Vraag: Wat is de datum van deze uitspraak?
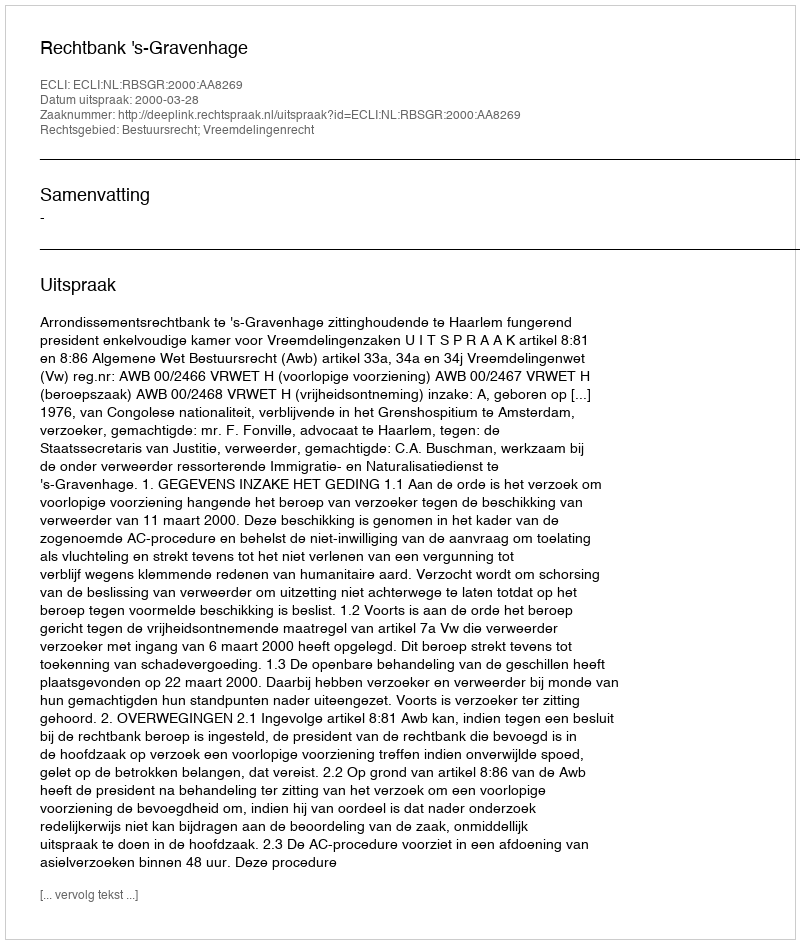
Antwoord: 2000-03-28